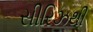
સીરિઝથી